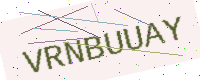
Text: VRNBUUAY